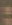
: